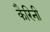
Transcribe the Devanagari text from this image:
कैरिनी